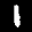
Label: 1